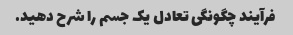
فرآیند چگونگی تعادل یک جسم را شرح دهید.